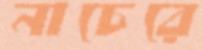
নাচেরে